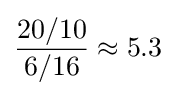
{\frac {20/10}{6/16}}\approx 5.3